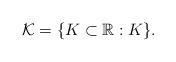
LaTeX: \begin{align*} \mathcal{K}=\{K\subset \mathbb{R}:K\}.\end{align*}